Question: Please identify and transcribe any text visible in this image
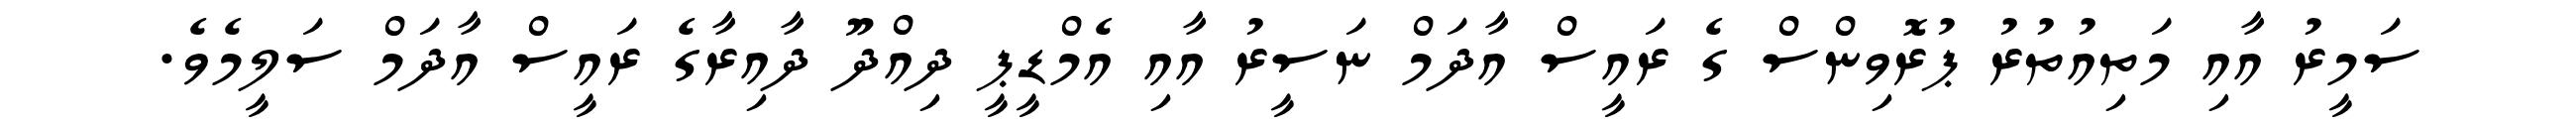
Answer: ސަމީރު އާއި މަތިއުތުރު ޕުރޮވިންސް ގެ ރައީސް އާދަމް ނަސީރު އާއި އެމްޑީޕީ ދިއްދޫ ދާއިރާގެ ރައީސް އާދަމް ސަލީމެވެ.